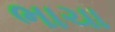
ભાચા